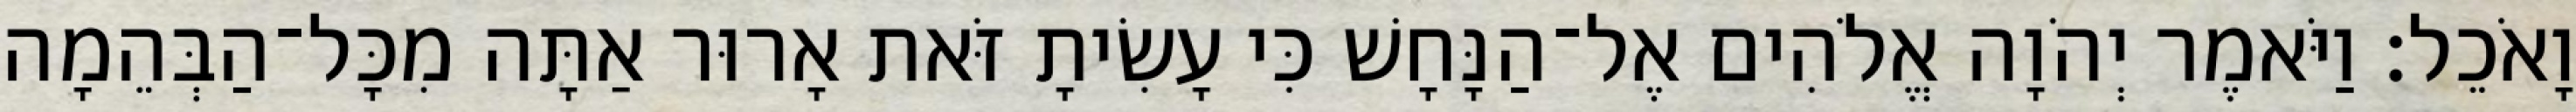
וָאֹכֵל׃ וַיֹּאמֶר יְהֹוָה אֱלֹהִים אֶל־הַנָּחָשׁ כִּי עָשִׂיתָ זֹּאת אָרוּר אַתָּה מִכָּל־הַבְּהֵמָה